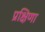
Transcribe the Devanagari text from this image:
प्रक्षिणा